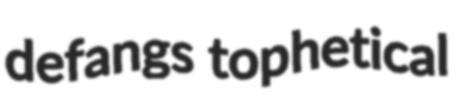
defangs tophetical